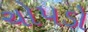
ચોપડો